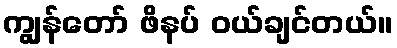
ကျွန်တော် ဖိနပ် ဝယ်ချင်တယ်။